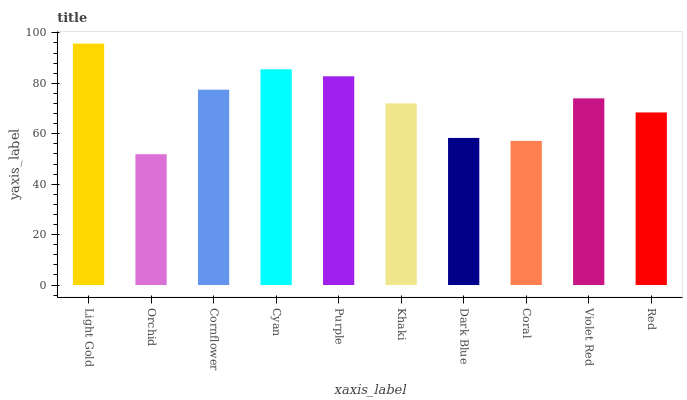
| xaxis_label | bars |
 | --- | --- |
 | Light Gold | 95.8 |
 | Orchid | 51.9 |
 | Cornflower | 77.5 |
 | Cyan | 85.6 |
 | Purple | 82.8 |
 | Khaki | 72.1 |
 | Dark Blue | 58.3 |
 | Coral | 57.2 |
 | Violet Red | 74 |
 | Red | 68.5 |